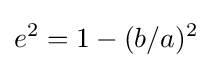
e^{2}=1-(b/a)^{2}